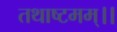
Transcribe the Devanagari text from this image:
तथाष्टमम्।।